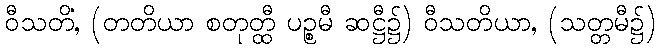
ဝီသတိံ, (တတိယာ စတုတ္ထီ ပဉ္စမီ ဆဋ္ဌီ၌) ဝီသတိယာ, (သတ္တမီ၌)